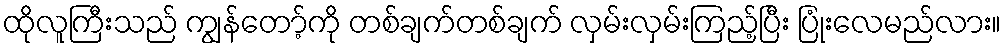
ထိုလူကြီးသည် ကျွန်တော့်ကို တစ်ချက်တစ်ချက် လှမ်းလှမ်းကြည့်ပြီး ပြုံးလေမည်လား။